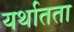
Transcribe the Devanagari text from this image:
यर्थातता